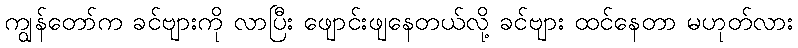
ကျွန်တော်က ခင်ဗျားကို လာပြီး ဖျောင်းဖျနေတယ်လို့ ခင်ဗျား ထင်နေတာ မဟုတ်လား